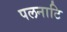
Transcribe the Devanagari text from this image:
पलनाटि